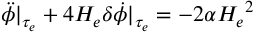
\ddot { \phi } \vert _ { \tau _ { e } } + 4 H _ { e } \delta \dot { \phi } \vert _ { \tau _ { e } } = - 2 \alpha { H _ { e } } ^ { 2 }